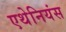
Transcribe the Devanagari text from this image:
एथेनियंस